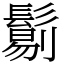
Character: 𩮜